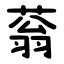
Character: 蓊